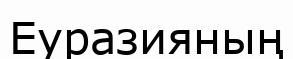
Еуразияның